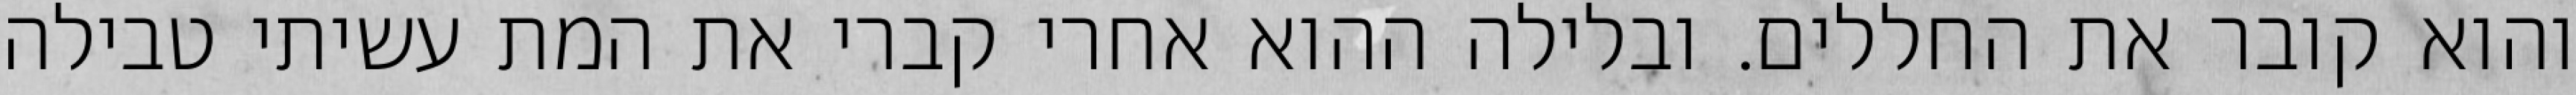
והוא קובר את החללים. ובלילה ההוא אחרי קברי את המת עשיתי טבילה